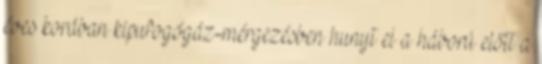
éves korában kipufogógáz-mérgezésben hunyt el a háború előtt a